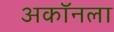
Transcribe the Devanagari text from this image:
अकॉनला